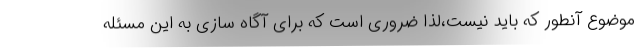
موضوع آنطور که باید نیست،لذا ضروری است که برای آگاه سازی به این مسئله